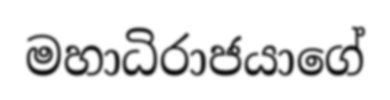
මහාධිරාජයාගේ